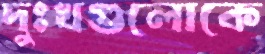
দুঃখগুলোকে